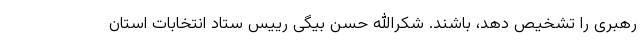
رهبری را تشخیص دهد، باشند. شکرالله حسن بیگی رییس ستاد انتخابات استان